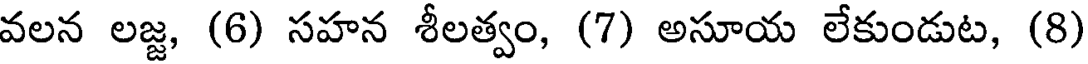
వలన లజ్జ, (6) సహన శీలత్వం, (7) అసూయ లేకుండుట, (8)